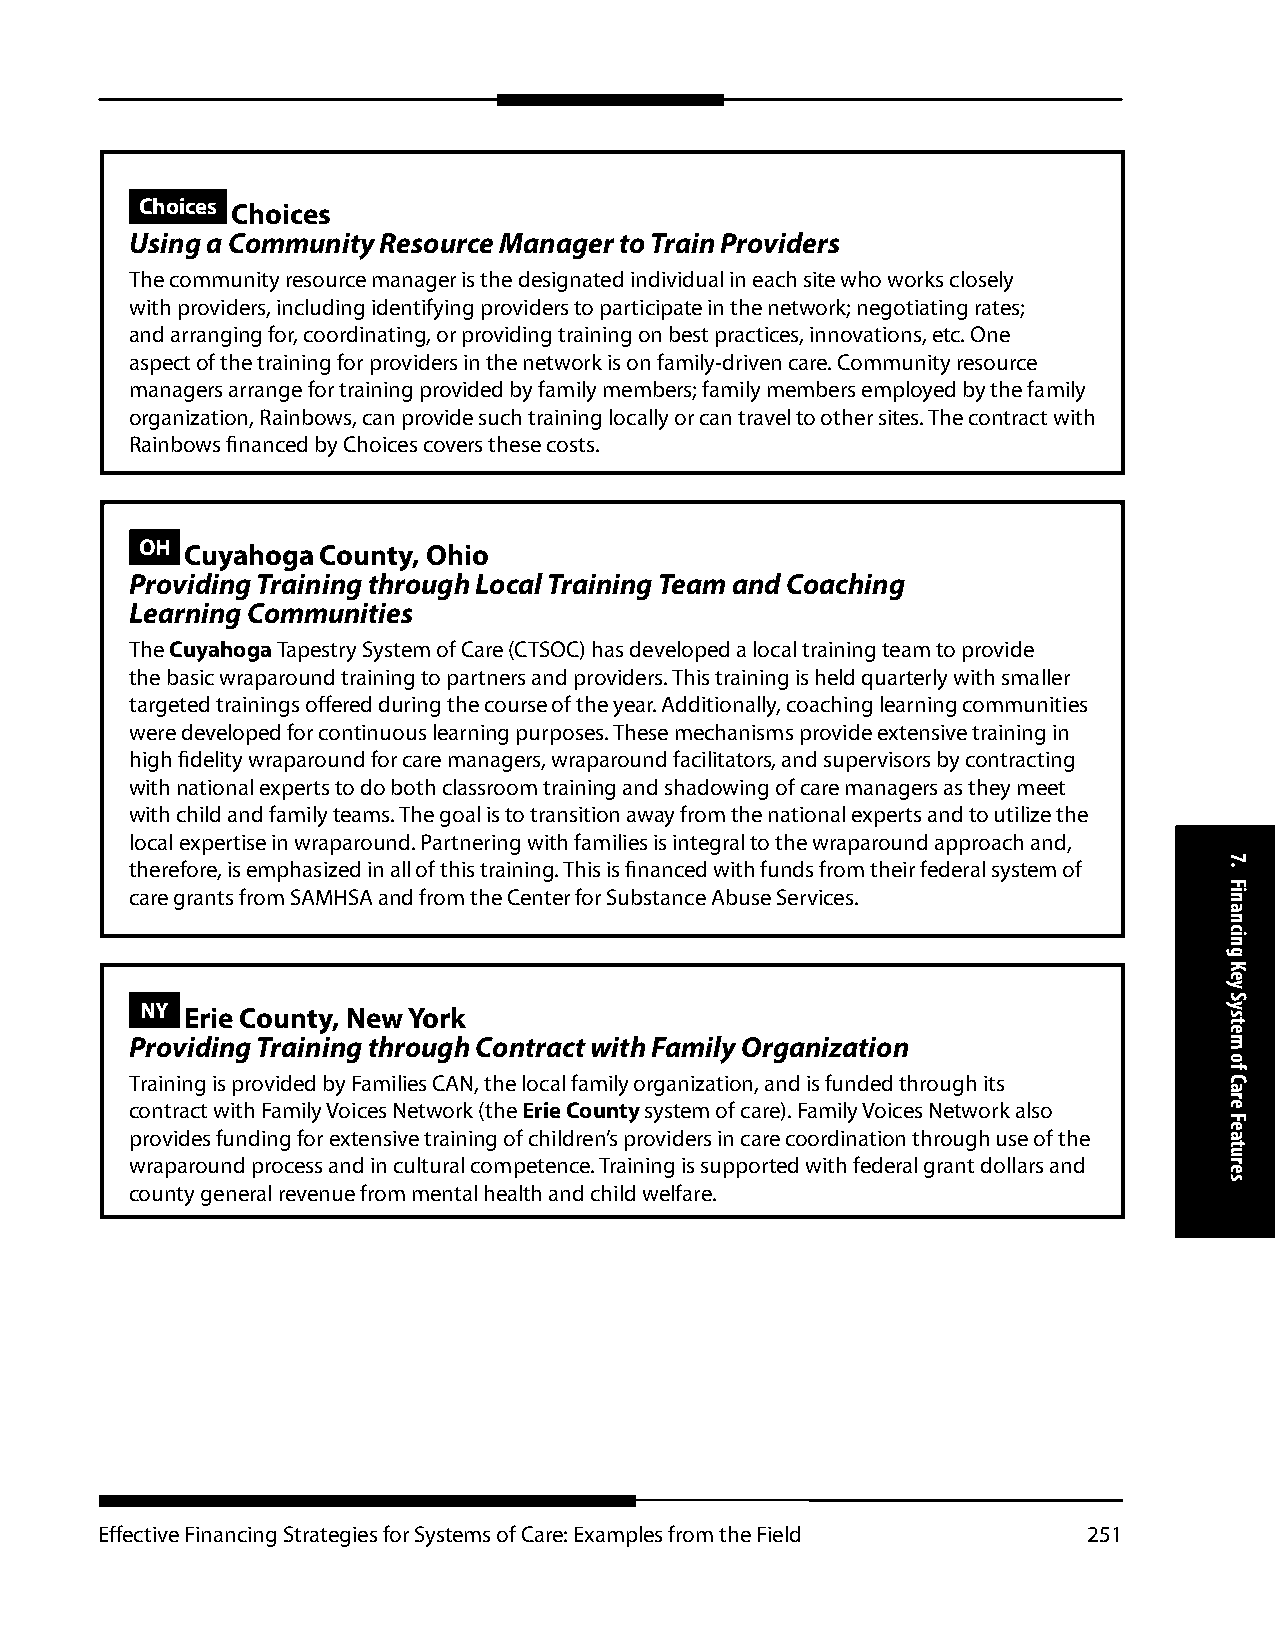
Choices Choices
 Using a Community Resource Manager to Train Providers
 The community resource manager is the designated individual in each site who works closely
 with providers, including identifying providers to participate in the network; negotiating rates;
 and arranging for, coordinating, or providing training on best practices, innovations, etc. One
 aspect of the training for providers in the network is on family-driven care. Community resource
 managers arrange for training provided by family members; family members employed by the family
 organization, Rainbows, can provide such training locally or can travel to other sites. The contract with
 Rainbows financed by Choices covers these costs.
 OH Cuyahoga County, Ohio
 Providing Training through Local Training Team and Coaching
 Learning Communities
 The Cuyahoga Tapestry System of Care (CTSOC) has developed a local training team to provide
 the basic wraparound training to partners and providers. This training is held quarterly with smaller
 targeted trainings offered during the course of the year. Additionally, coaching learning communities
 were developed for continuous learning purposes. These mechanisms provide extensive training in
 high fidelity wraparound for care managers, wraparound facilitators, and supervisors by contracting
 with national experts to do both classroom training and shadowing of care managers as they meet
 with child and family teams. The goal is to transition away from the national experts and to utilize the
 local expertise in wraparound. Partnering with families is integral to the wraparound approach and,
 therefore, is emphasized in all of this training. This is financed with funds from their federal system of
 care grants from SAMHSA and from the Center for Substance Abuse Services.
 NY Erie County, New York
 Providing Training through Contract with Family Organization
 Training is provided by Families CAN, the local family organization, and is funded through its
 contract with Family Voices Network (the Erie County system of care). Family Voices Network also
 provides funding for extensive training of children’s providers in care coordination through use of the
 wraparound process and in cultural competence. Training is supported with federal grant dollars and
 county general revenue from mental health and child welfare.
 Effective Financing Strategies for Systems of Care: Examples from the Field 251
 7.
 Financing
 Key
 System
 of
 Care
 Features